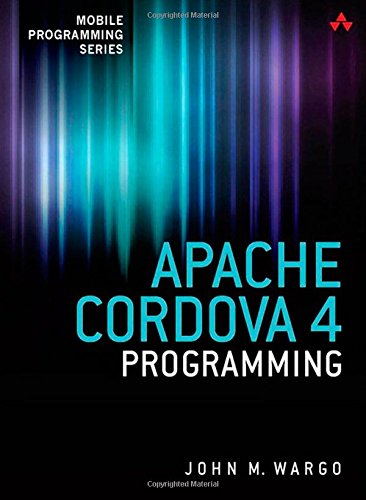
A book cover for Apache Cordova 4 Programming (Mobile Programming); John M. Wargo; Computers & Technology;